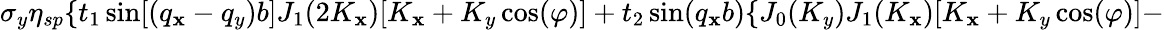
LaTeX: \sigma_{y}\eta_{sp}\{ t_{1}\sin[(q_{\mathbf{x}}-q_{y})b]J_{1}(2K_{\mathbf{x}})[K_{\mathbf{x}}+K_{y}\cos(\varphi)]+t_{2}\sin(q_{\mathbf{x}}b)\{ J_{0}(K_{y})J_{1}(K_{\mathbf{x}})[K_{\mathbf{x}}+K_{y}\cos(\varphi)]-